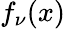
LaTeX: f_{\nu}(x)